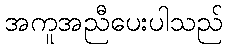
အကူအညီပေးပါသည်